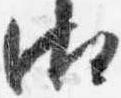
御